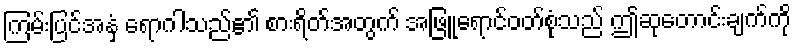
ကြမ်းပြင်အနှံ့ ရောဂါသည်၏ စားရိတ်အတွက် အဖြူရောင်ဝတ်စုံသည် ဤဆုတောင်းချက်ကို